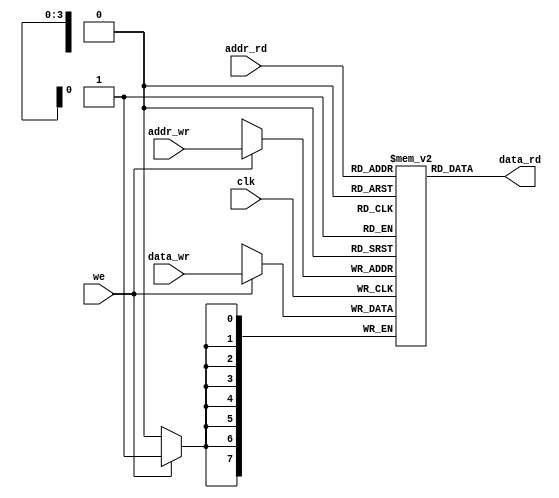

module ram_dp_async_read
        #(parameter WIDTH =8,
		  parameter DEPTH =16,
		  parameter DEPTH_LOG = $clog2(DEPTH))
        (input clk, 
		 input we, 
		 input [DEPTH_LOG-1:0] addr_wr,
		 input [DEPTH_LOG-1:0] addr_rd, 
		 input [WIDTH-1:0] data_wr, 
		 output [WIDTH-1:0]data_rd
		); 
	
    // Declare the RAM array
    reg [WIDTH-1:0] ram [0:DEPTH-1];
    
    // Write is synchronous
    always @(posedge clk) begin   
        if (we)   
            ram[addr_wr] <= data_wr;   
    end
    
    // Read is asynchronous  
    assign data_rd = ram[addr_rd];  
  
endmodule